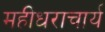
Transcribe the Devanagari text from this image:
महीधराचार्य